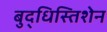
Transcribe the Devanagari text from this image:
बुद्धिस्तिशेन